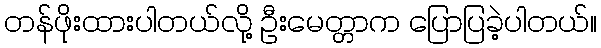
တန်ဖိုးထားပါတယ်လို့ ဦးမေတ္တာက ပြောပြခဲ့ပါတယ်။